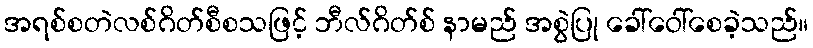
အရစ်စတဲလစ်ဂိတ်စီစသဖြင့် ဘီလ်ဂိတ်စ် နာမည် အစွဲပြု ခေါ်ဝေါ်စေခဲ့သည်။